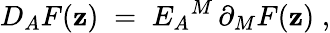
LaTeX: D_{A}F(\mathbf{z})\; =\; E_{A}{}^{M}\, \partial_{M}F(\mathbf{z})\; ,